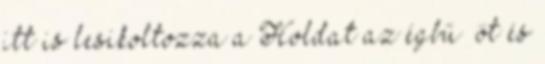
itt is lesikoltozza a Holdat az égbű’ öt és